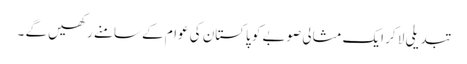
تبدیلی لا کر ایک مثالی صوبے کو پاکستان کی عوام کے سامنے رکھیں گے ۔